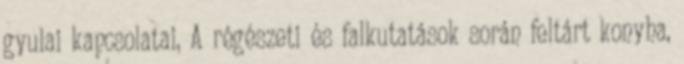
gyulai kapcsolatai, A régészeti és falkutatások során feltárt konyha,